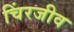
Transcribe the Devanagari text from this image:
चिंरजीव